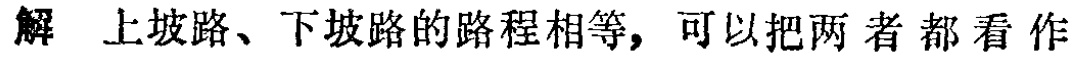
解 上坡路、下坡路的路程相等，可以把两者都看作